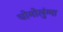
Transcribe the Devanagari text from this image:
चोमोलुंग्मा